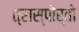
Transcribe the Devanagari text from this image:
त्रास्पोर्तो